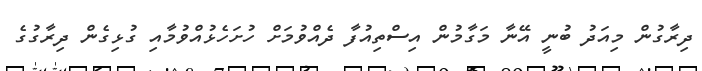
ދިރާގުން މިއަދު ބުނީ އޭނާ މަގާމުން އިސްތިއުފާ ދެއްވުމަށް ހުށަހެޅުއްވުމާއި ގުޅިގެން ދިރާގުގެ